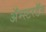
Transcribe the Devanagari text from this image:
अॅम्स्टरडॅम